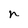
Character: n